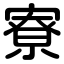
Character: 寮